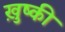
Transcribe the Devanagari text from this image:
ख़ुष्की